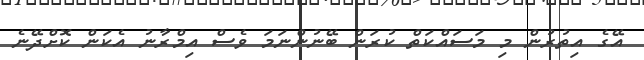
އޭގެ އިތުރުން މި މަސައްކަތް ކުރަން ބޭނުންނަމަ ވެސް އިމްރާނު އެކަން ކޮށްދޭނެ